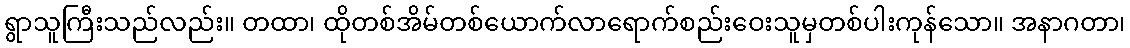
ရွာသူကြီးသည်လည်း။ တထာ၊ ထိုတစ်အိမ်တစ်ယောက်လာရောက်စည်းဝေးသူမှတစ်ပါးကုန်သော။ အနာဂတာ၊